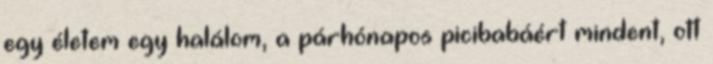
egy életem egy halálom, a párhónapos picibabáért mindent, ott